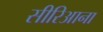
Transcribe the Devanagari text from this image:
सीरिआना